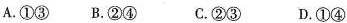
A.①③ B.②④ C.②③ D.①④